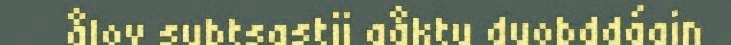
ålov subtsastij gåktu duobddágin